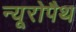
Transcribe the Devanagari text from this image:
न्यूरोपैथ